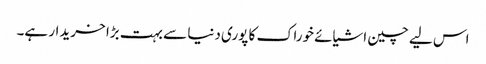
اس لیے چین اشیائے خوراک کا پوری دنیا سے بہت بڑا خریدار ہے۔